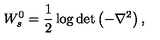
W _ { s } ^ { 0 } = \frac 1 2 \log \det \left( - \nabla ^ { 2 } \right) ,